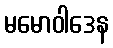
မမောဝါဒေန